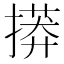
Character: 𢳠